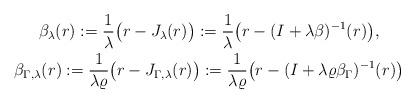
LaTeX: \begin{gather*}\beta _\lambda (r):= \frac{1}{\lambda } \bigl( r-J_\lambda (r) \bigr):=\frac{1}{\lambda }\bigl( r-(I+\lambda \beta )^{-1} (r)\bigr),\\\beta _{\Gamma, \lambda } (r):= \frac{1}{\lambda \varrho} \bigl( r-J_{\Gamma,\lambda }(r) \bigr ):=\frac{1}{\lambda \varrho}\bigl( r- (I+\lambda \varrho \beta _\Gamma )^{-1} (r) \bigr)\end{gather*}